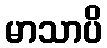
မာသာပိ